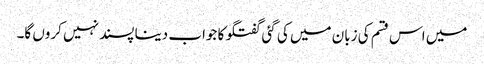
میں اس قسم کی زبان میں کی گئی گفتگو کا جواب دینا پسند نہیں کروں گا۔